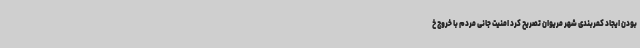
بودن ایجاد کمربندی شهر مریوان تصریح کرد امنیت جانی مردم با خروج خ